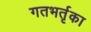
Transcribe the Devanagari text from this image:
गतभर्तृका